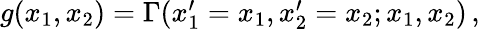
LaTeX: \begin{array}{r}{g(x_{1},x_{2})=\Gamma(x_{1}^{\prime}=x_{1},x_{2}^{\prime}=x_{2};x_{1},x_{2})\, ,}\end{array}